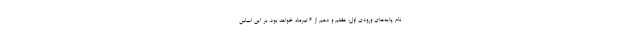
نام پایه‌های ورودی اول، هفتم و دهم از ۶ تیرماه خواهد بود. بر این اساس